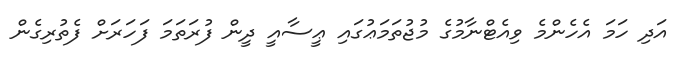
އަދި ހަމަ އެހެންމެ ވިއެޓްނާމުގެ މުޖުތަމަޢުގައި ޢީސާއީ ދީން ފުރަތަމަ ފަހަރަށް ފެތުރިގެން